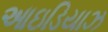
આઇડિયાઝ